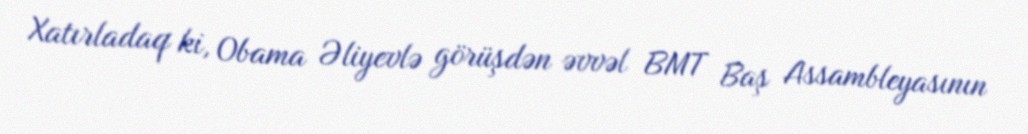
Xatırladaq ki, Obama Əliyevlə görüşdən əvvəl BMT Baş Assambleyasının